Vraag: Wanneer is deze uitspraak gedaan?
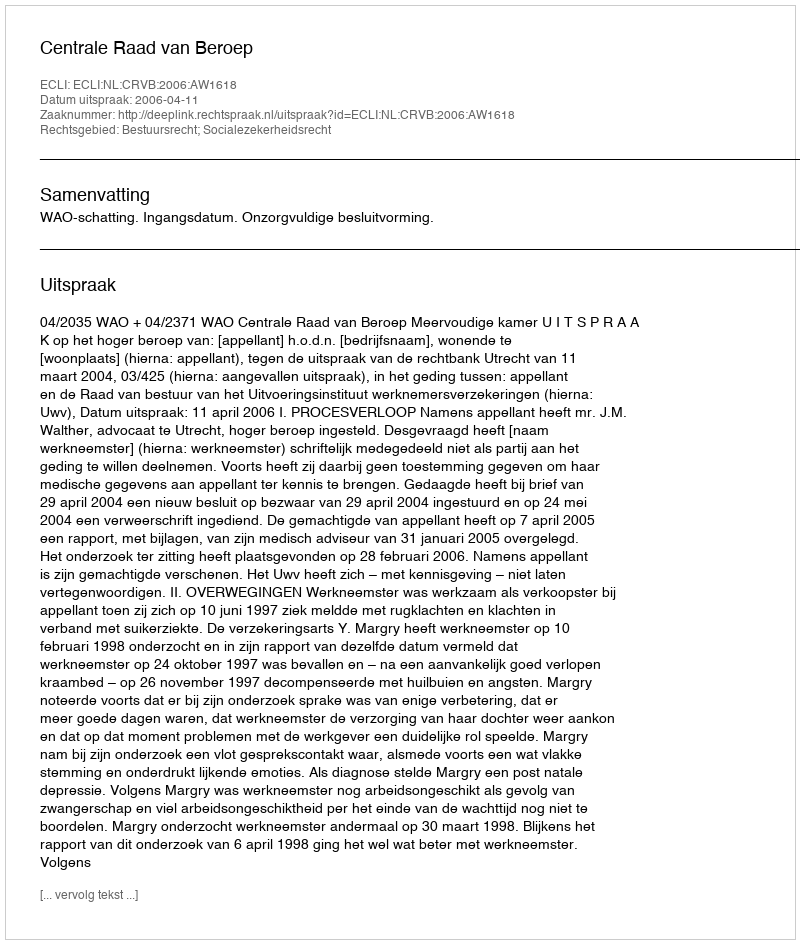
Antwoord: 2006-04-11